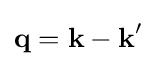
{\textbf {q}}={\textbf {k}}-{\textbf {k}}'